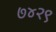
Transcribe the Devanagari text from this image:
७४२९